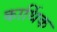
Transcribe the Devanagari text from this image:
कार्थिक